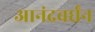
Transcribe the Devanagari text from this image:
आनंदवर्धंन